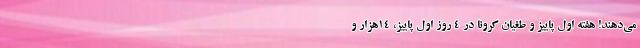
می‌دهند! هفته اول پاییز و طغیان کرونا در ۴ روز اول پاییز، ۱۴هزار و